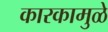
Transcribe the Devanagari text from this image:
कारकामुळे